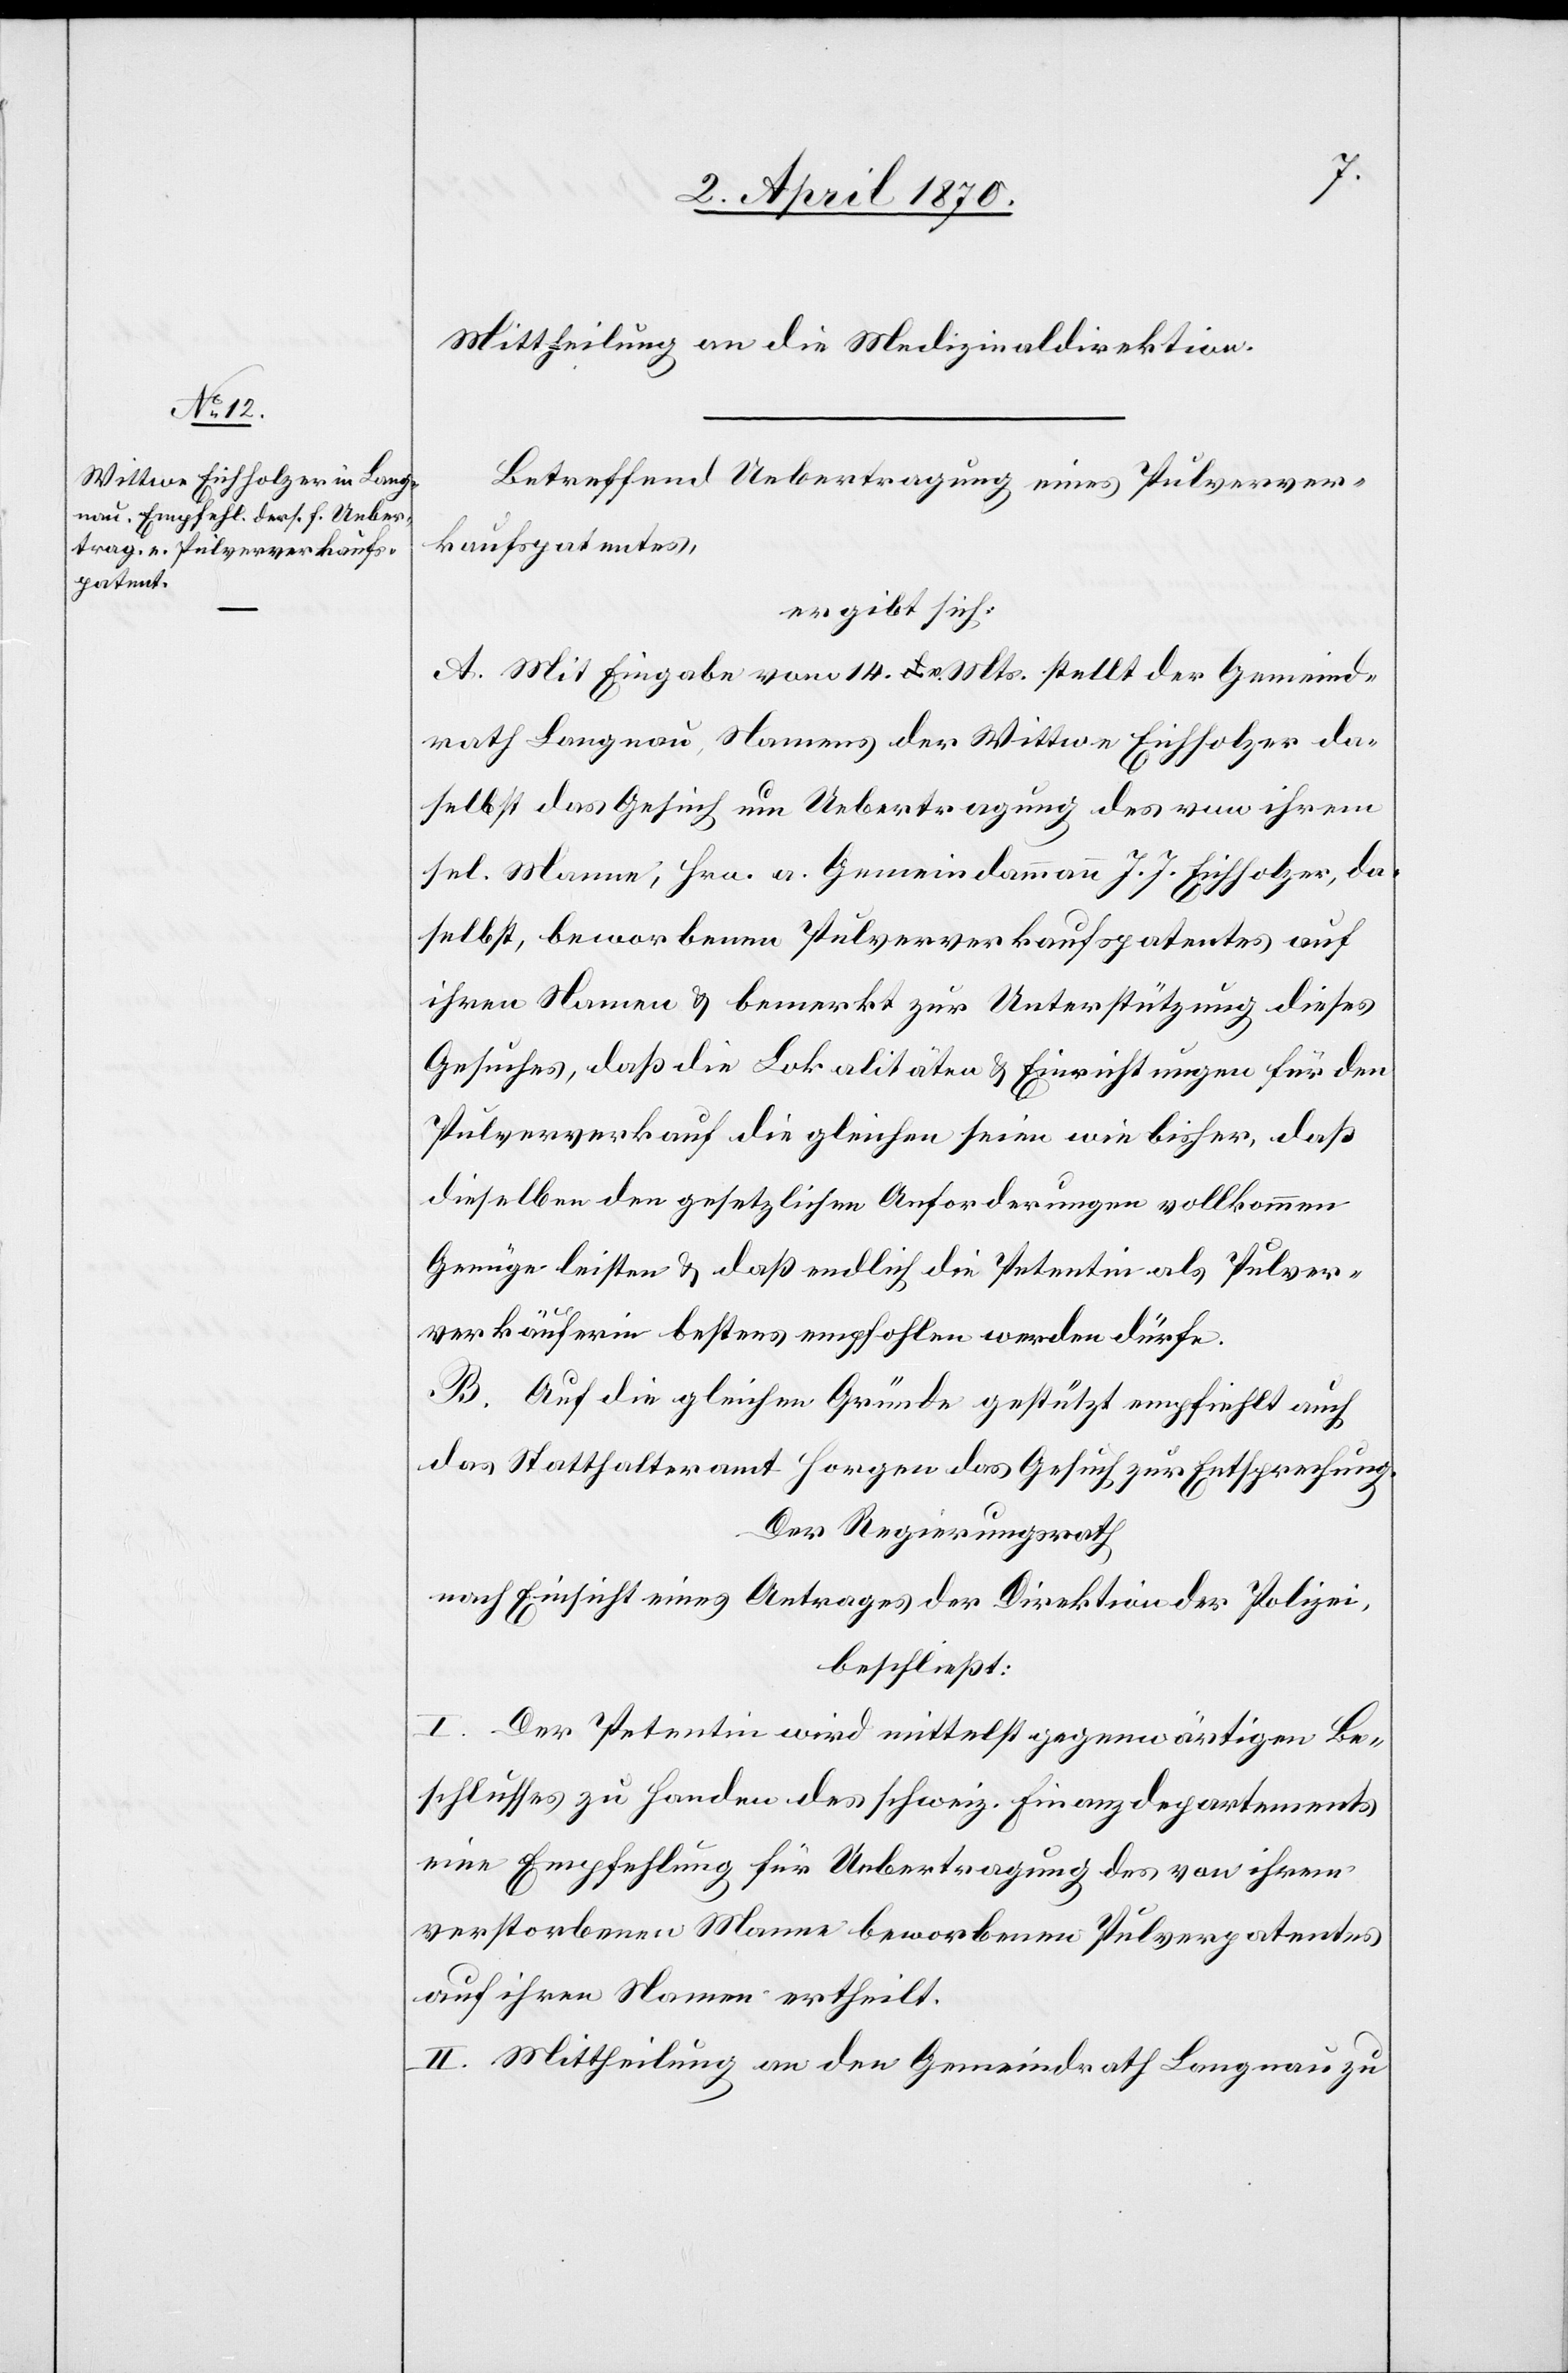
Mittheilung an die Medizinaldirektion.
Betreffend Uebertragung eines Pulverver¬
kaufspatentes,
ergibt sich:
A. Mit Eingabe vom 14. v. Mts. stellt der Gemeind¬
rath Langnau, Namens der Wittwe Eichholzer da¬
selbst das Gesuch um Uebertragung des von ihrem
sel. Manne, Hrn. a. Gemeindammann J. J. Eichholzer, da¬
selbst, beworbenen Pulververkaufspatentes auf
ihren Namen & bemerkt zur Unterstützung dieses
Gesuches, daß die Lokalitäten & Einrichtungen für den
Pulververkauf die gleichen seien wie bisher, daß
dieselben den gesetzlichen Anforderungen vollkommen
Genüge leisten & daß endlich die Petentin als Pulver¬
verkäuferin bestens empfohlen werden dürfe.
B. Auf die gleichen Gründe gestützt empfiehlt auch
das Statthalteramt Horgen das Gesuch zur Entsprechung.
Der Regierungsrath,
nach Einsicht eines Antrages der Direktion der Polizei,
beschließt:
I. Der Petentin wird mittelst gegenwärtigen Be¬
schlusses zu Handen des schweiz. Finanzdepartements
eine Empfehlung für Uebertragung des von ihrem
verstorbenen Manne beworbenen Pulverpatentes
auf ihren Namen ertheilt.
II. Mittheilung an den Gemeindrath Langnau zu